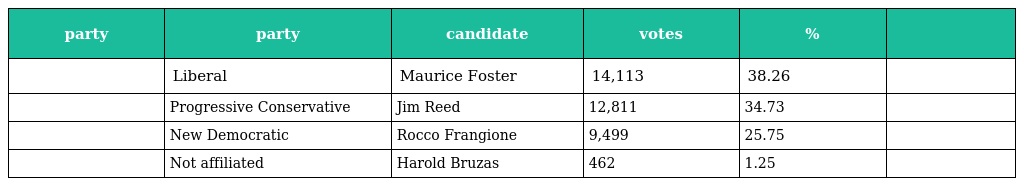
| party | party | candidate | votes | % |  |
 | --- | --- | --- | --- | --- | --- |
 |  | Liberal | Maurice Foster | 14,113 | 38.26 |  |
 |  | Progressive Conservative | Jim Reed | 12,811 | 34.73 |  |
 |  | New Democratic | Rocco Frangione | 9,499 | 25.75 |  |
 |  | Not affiliated | Harold Bruzas | 462 | 1.25 |  |